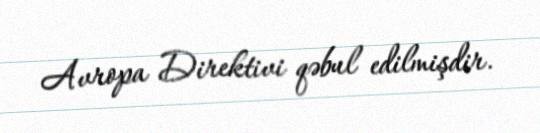
Avropa Direktivi qəbul edilmişdir.